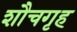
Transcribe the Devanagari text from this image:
शौचगृह